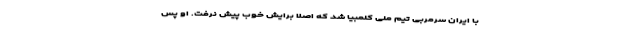
با ایران سرمربی تیم ملی کلمبیا شد که اصلا برایش خوب پیش نرفت. او پس